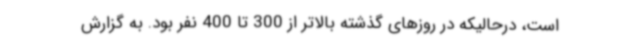
است، درحالیکه در روزهای گذشته بالاتر از 300 تا 400 نفر بود. به گزارش